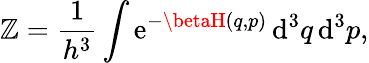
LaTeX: \mathbb{Z}={\frac{{1}}{{h^{3}}}}\int\mathrm{{e}}^{-\betaH(q,p)}\, \mathrm{{d}}^{3}q\, \mathrm{{d}}^{3}p,